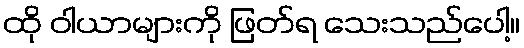
ထို ဝါယာများကို ဖြတ်ရ သေးသည်ပေါ့။